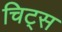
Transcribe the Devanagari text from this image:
चिट्स